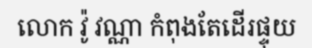
លោក វ៉ូ វណ្ណា កំពុងតែដើរផ្ទុយ